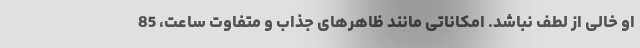
او خالی از لطف نباشد. امکاناتی مانند ظاهرهای جذاب و متفاوت ساعت، 85